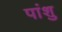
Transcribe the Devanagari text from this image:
पांशु